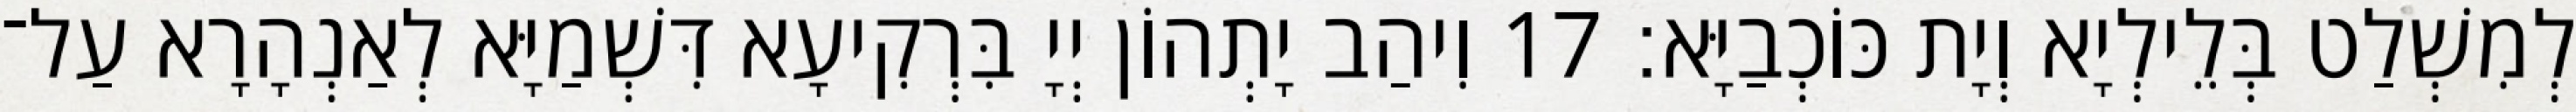
לְמִשְׁלַט בְּלֵילְיָא וְיָת כּוֹכְבַיָּא׃ 17 וִיהַב יָתְהוֹן יְיָ בִּרְקִיעָא דִּשְׁמַיָּא לְאַנְהָרָא עַל־